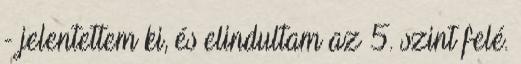
- jelentettem ki, és elindultam az 5. szint felé.